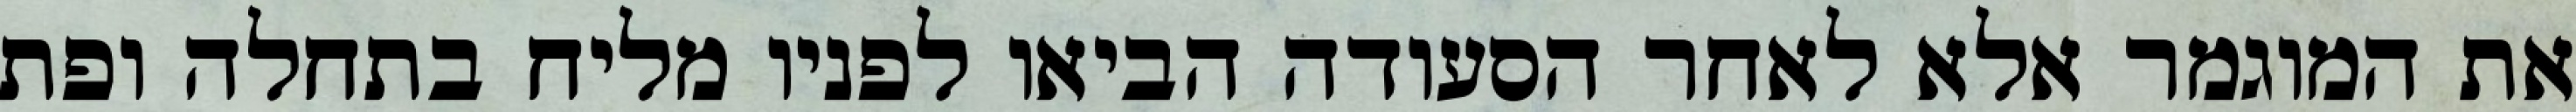
את המוגמר אלא לאחר הסעודה הביאו לפניו מליח בתחלה ופת